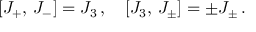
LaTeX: \left[ J _ { + } , \, J _ { - } \right] = J _ { 3 } \, , \quad \left[ J _ { 3 } , \, J _ { \pm } \right] = \pm J _ { \pm } \, .